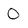
Character: 0